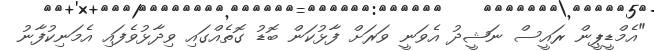
"އެމްޑީޕީން ރައީސް ނަޝީދު އެވަނީ ވަރަށް ފާޅުކަން ބޮޑު ގޮތެއްގައި ވިދާޅުވެފައި އެމަނިކުފާނު